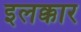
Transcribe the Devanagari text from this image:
इलक्कार